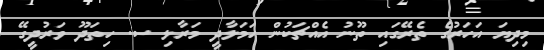
މިދިޔަ އަހަރުގެ ތެރޭގައި ތޫނު އެއްޗަކުން ހަމަލާދީ މަރާލި ސ. ހިތަދޫ ވަރުދީގޭ